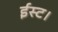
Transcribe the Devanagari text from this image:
ईस्ट।